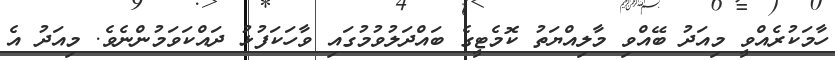
ހާމަކުރެއްވީ މިއަދު ބޭއްވި މާލިއްޔަތު ކޮމެޓީގެ ބައްދަލުވުމުގައި ވާހަކަފުޅު ދައްކަވަމުންނެވެ. މިއަދު އެ